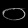
Digit: ၀